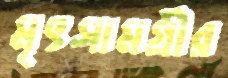
মৃৎসামগ্রীর